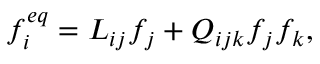
f _ { i } ^ { e q } = L _ { i j } f _ { j } + Q _ { i j k } f _ { j } f _ { k } ,